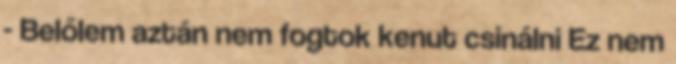
- Belőlem aztán nem fogtok kenut csinálni Ez nem